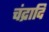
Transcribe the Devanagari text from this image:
चंद्रादि